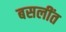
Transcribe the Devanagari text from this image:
बसलींत